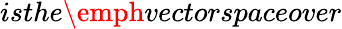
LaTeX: isthe\emph{vectorspace}over